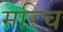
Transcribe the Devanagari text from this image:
मरिच